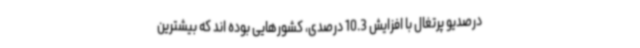
درصدیو پرتغال با افزایش 10.3 درصدی، کشورهایی بوده اند که بیشترین